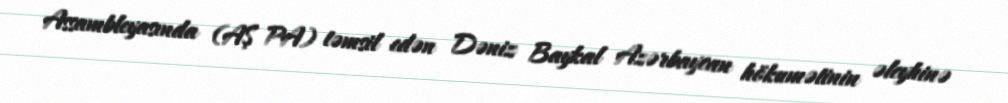
Assambleyasında (AŞ PA) təmsil edən Dəniz Baykal Azərbaycan hökumətinin əleyhinə